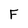
Character: F